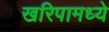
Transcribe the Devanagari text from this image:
खरिपामध्ये